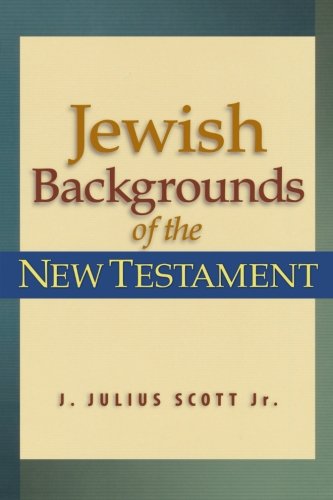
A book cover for Jewish Backgrounds of the New Testament; J. Julius Jr. Scott; History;